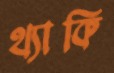
থ্যাকি